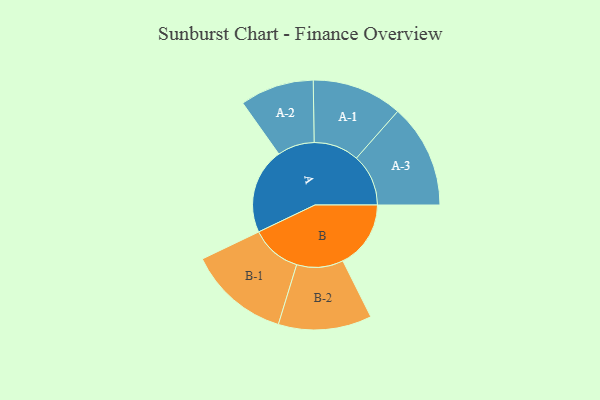
{"axis": {"x": "Segment", "y": "Value"}, "legend": ["", "A", "B"], "data": [{"x": "A", "y": 469, "type": ""}, {"x": "B", "y": 371, "type": ""}, {"x": "A-1", "y": 247, "type": "A"}, {"x": "A-2", "y": 202, "type": "A"}, {"x": "A-3", "y": 284, "type": "A"}, {"x": "B-1", "y": 277, "type": "B"}, {"x": "B-2", "y": 255, "type": "B"}]}